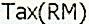
TAX(RM)